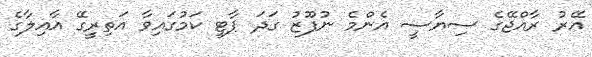
އޭރު ރާއްޖޭގެ ސިޔާސީ އެންމެ ނުފޫޒު ގަދަ ޕާޓީ ކަމުގައިވާ އަތިރީގޭ އާއިލާގެ